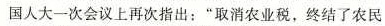
国人大一次会议上再次指出：”取消农业税，终结了农民